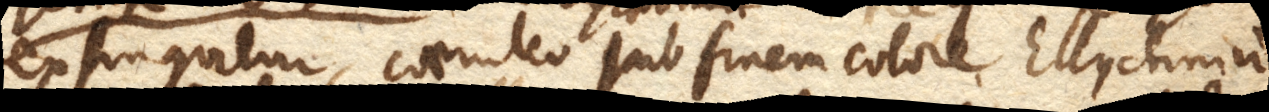
extinguitur, caeruleo sub finem calore, Ellychnium